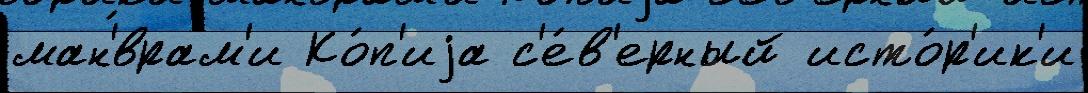
ман'́врам'и Ко́п'иjа с'е́в'ерный исто́р'ик'и